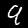
Label: 9